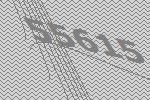
55615